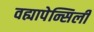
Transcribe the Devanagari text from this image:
वह्यापेन्सिली